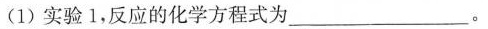
(1)实验1，反应的化学方程式为___。